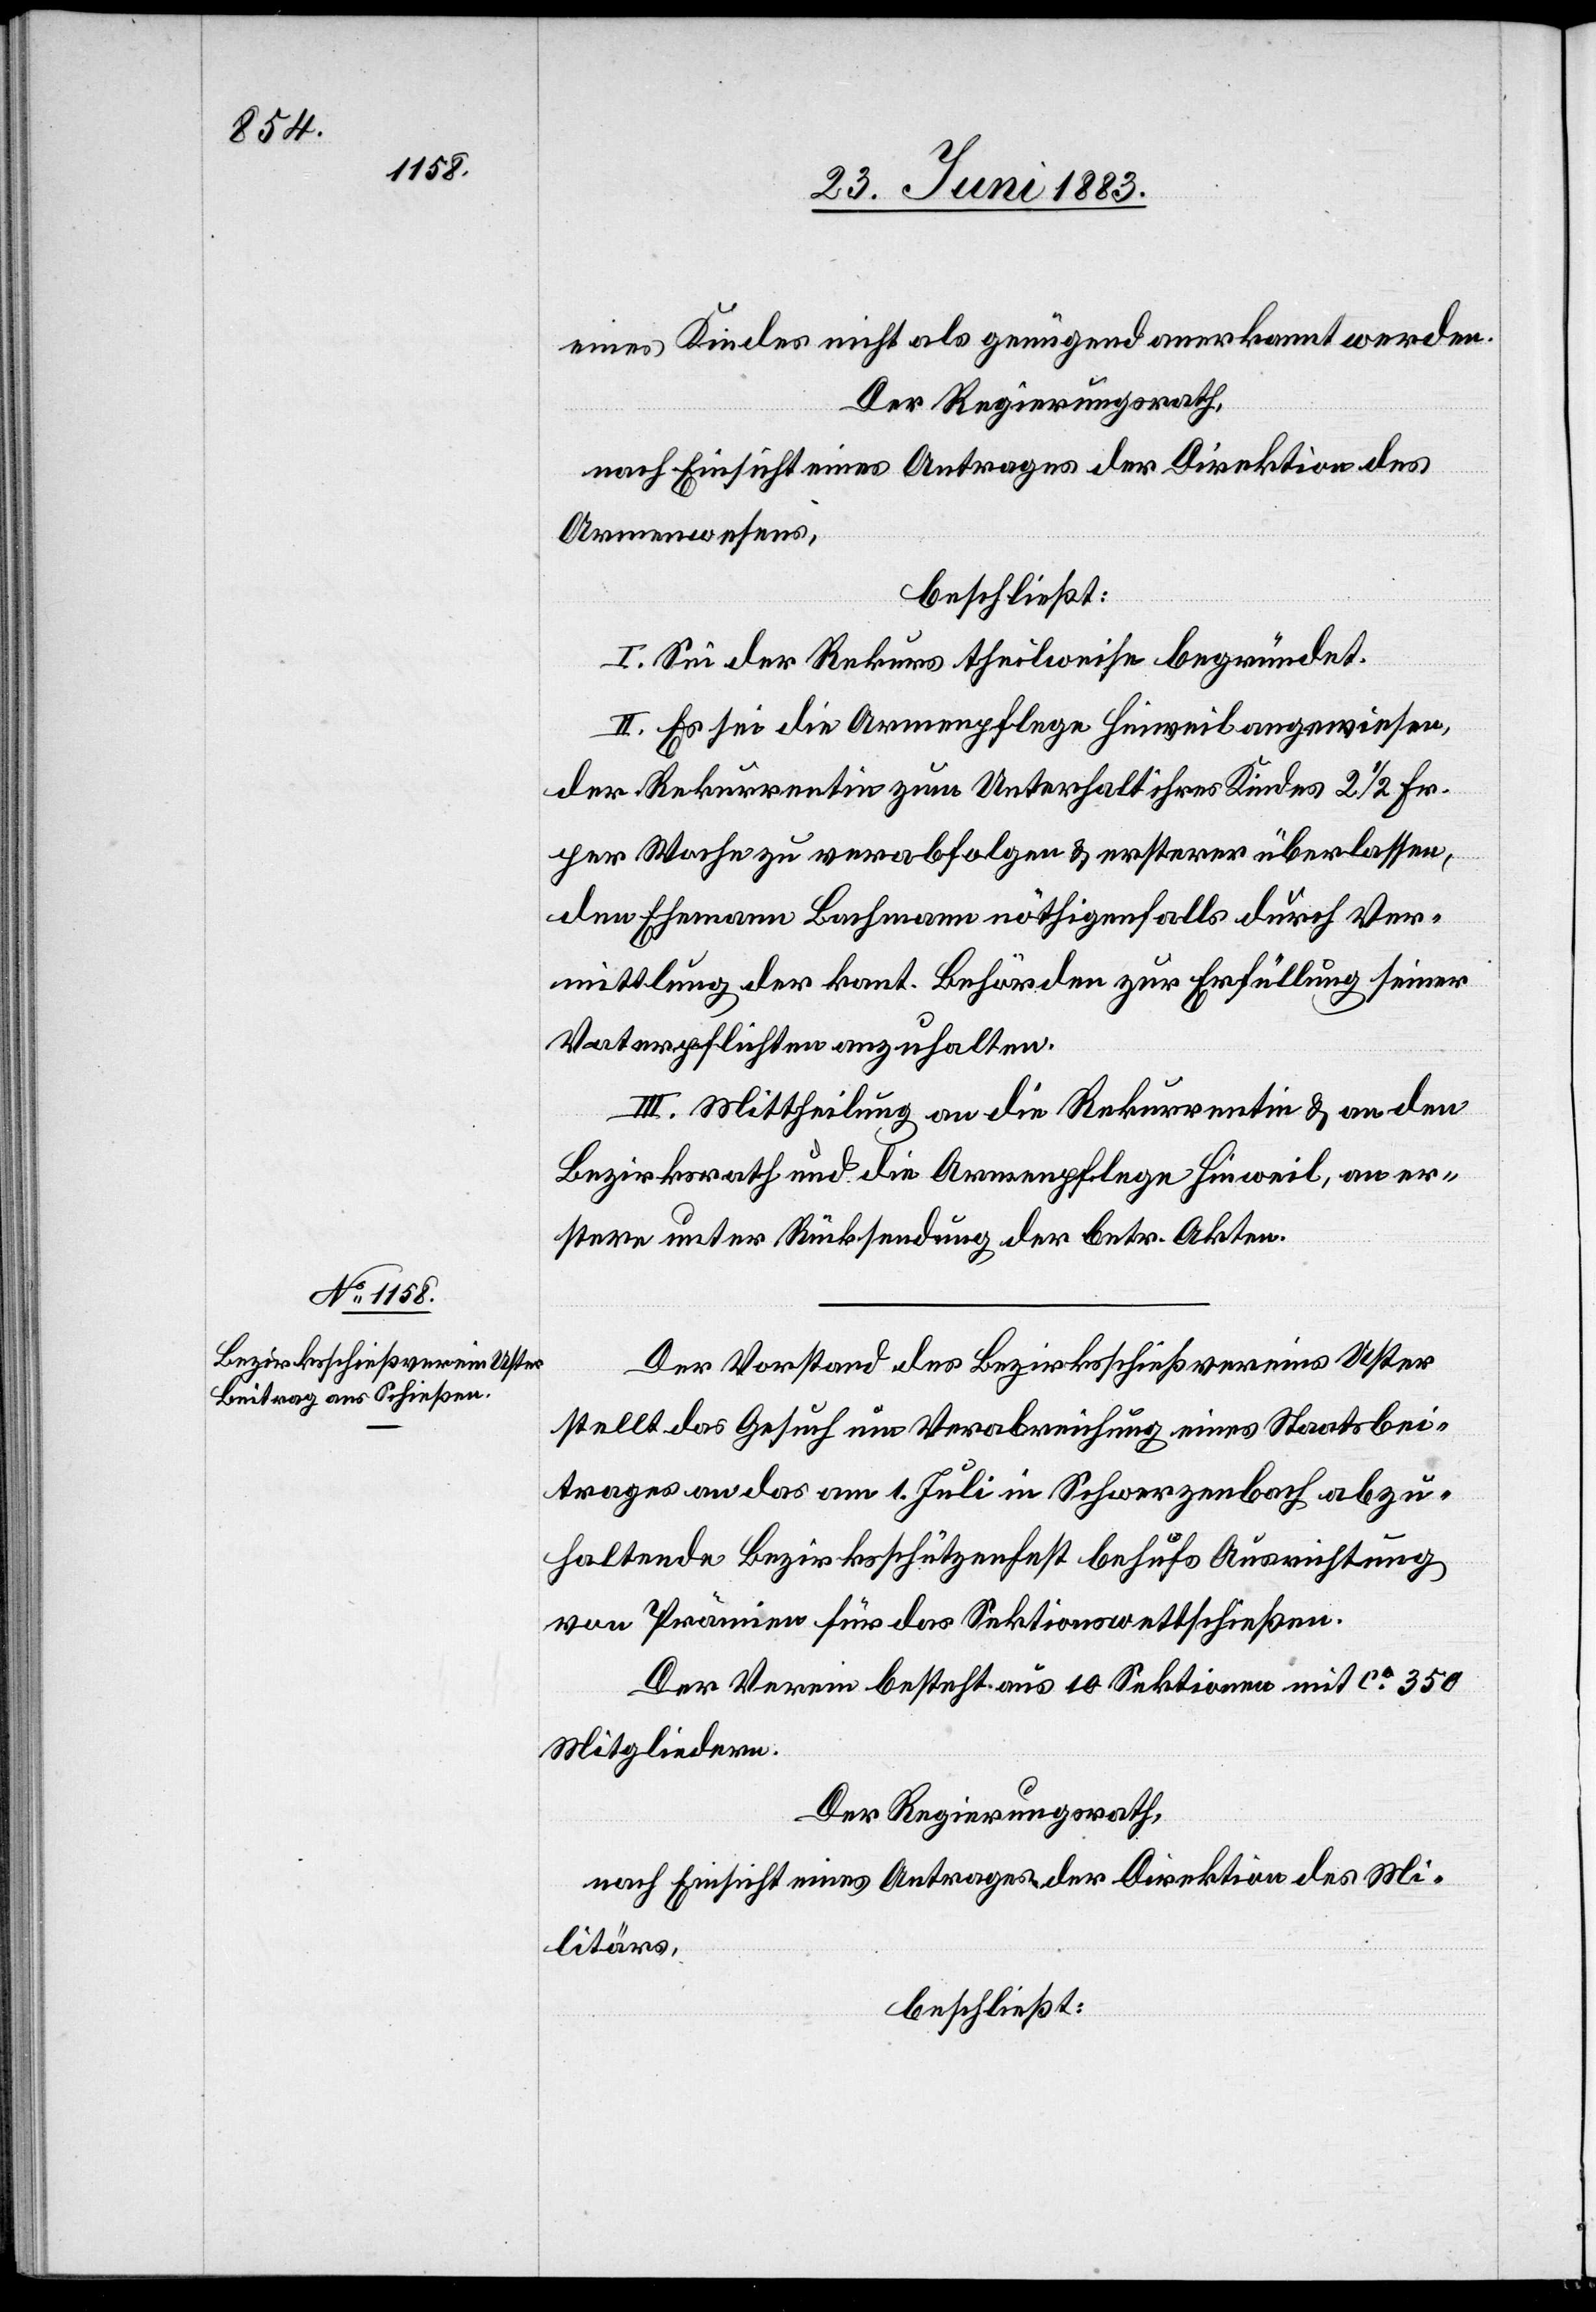
eines Kindes nicht als genügend anerkannt werden.
Der Regierungsrath,
nach Einsicht eines Antrages der Direktion des
Armenwesens,
beschließt:
I. Sei der Rekurs theilweise begründet.
II. Es sei die Armenpflege Hinweil angewiesen,
der Rekurrentin zum Unterhalt ihres Kindes 2 1/2 Fr.
per Woche zu verabfolgen & ersterer überlassen,
den Ehemann Bachmann nöthigenfalls durch Ver¬
mittlung der kant. Behörden zur Erfüllung seiner
Vaterpflichten anzuhalten.
III. Mittheilung an die Rekurrentin & an den
Bezirksrath und die Armenpflege Hinweil, an er¬
stere unter Rücksendung der betr. Akten.
Der Vorstand des Bezirksschießvereins Uster
stellt das Gesuch um Verabreichung eines Staatsbei¬
trages an das am 1. Juli in Schwerzenbach abzu¬
haltende Bezirksschützenfest behufs Ausrichtung
von Prämien für das Sektionswettschießen.
Der Verein besteht aus 10 Sektion mit ca 350
Mitgliedern.
Der Regierungsrath,
nach Einsicht eines Antrages der Direktion des Mi¬
litärs,
beschließt: